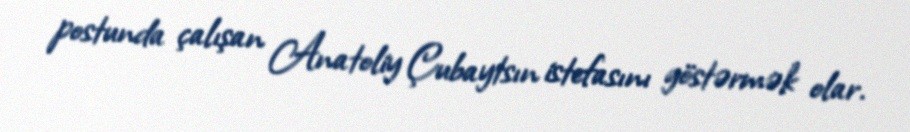
postunda çalışan Anatoliy Çubaytsın istefasını göstərmək olar.